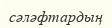
сәләфтардың